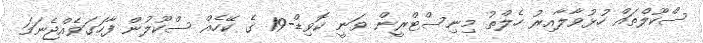
ސްކޫލްތައް ހުޅުވާލާއިރު ހެލްތު މިނިސްޓްރީން ވަނީ ކޮވިޑް-19 ގެ ކޭހެއް ސްކޫލުން ފާހަގަވެއްޖެނަމަ